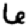
Digit: 6